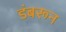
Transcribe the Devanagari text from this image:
डंबरून